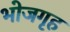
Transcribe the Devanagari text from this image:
भोजगृह